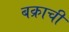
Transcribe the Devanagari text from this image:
बक्राची